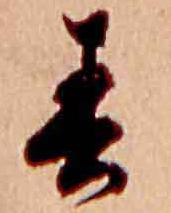
春